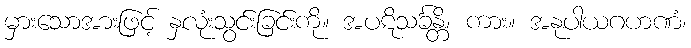
မှားသောအားဖြင့် နှလုံးသွင်းခြင်းကို။ အပဋိသင်္ခန္တိ၊ ကား။ အနုပါယဂဟဏံ၊